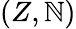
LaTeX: (Z,\mathbb{N})